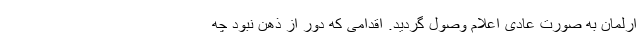
ارلمان به صورت عادی اعلام وصول گردید. اقدامی که دور از ذهن نبود چه